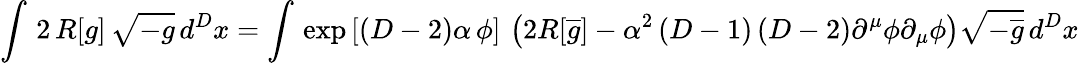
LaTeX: \int\, 2\, R[g]\, \sqrt{-g}\, d^{D}x=\int\, \exp\left[(D-2)\alpha\, \phi\right]\, \left(2R[\overline{{{g}}}]-\alpha^{2}\left(D-1\right)\left(D-2\right)\partial^{\mu}\phi\partial_{\mu}\phi\right)\sqrt{-\overline{{{g}}}}\, d^{D}x